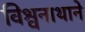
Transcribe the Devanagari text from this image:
विश्वनाथाने